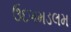
ઉદગમડલમ